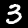
Digit: 3